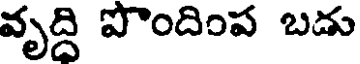
వృద్ది పొందింప బడు